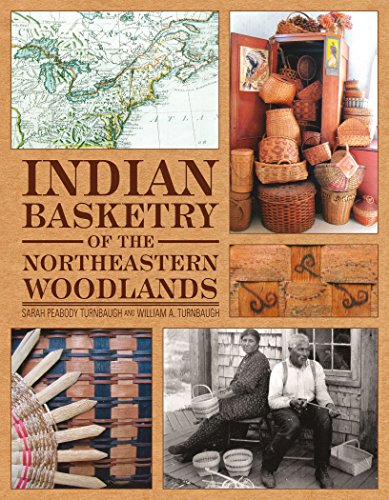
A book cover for Indian Basketry of the Northeastern Woodlands; Sarah Peabody Turnbaugh; Crafts, Hobbies & Home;